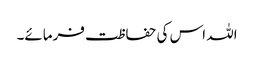
اللہ اس کی حفاظت فرمائے۔